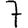
Digit: 7